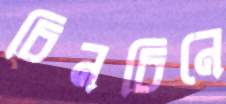
চিনচিনে